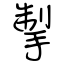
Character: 掣